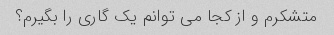
متشکرم و از کجا می توانم یک گاری را بگیرم؟